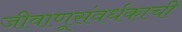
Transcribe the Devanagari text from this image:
जीवाणूसंवर्धकाची